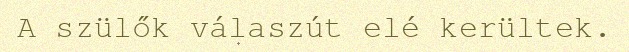
A szülők válaszút elé kerültek.